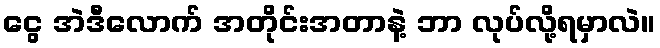
ငွေ အဲဒီလောက် အတိုင်းအတာနဲ့ ဘာ လုပ်လို့ရမှာလဲ။